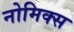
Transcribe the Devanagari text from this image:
नोमिक्स